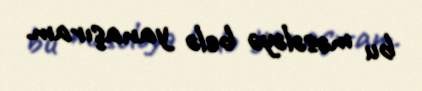
bu məsələyə belə yanaşıram.